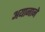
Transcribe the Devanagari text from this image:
अयानाने